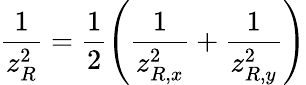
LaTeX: \frac{1}{z_{R}^{2}}=\frac{1}{2}\left(\frac{1}{z_{R,x}^{2}}+\frac{1}{z_{R,y}^{2}}\right)